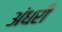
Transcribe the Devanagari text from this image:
अंधरी